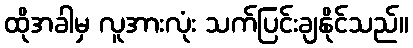
ထိုအခါမှ လူအားလုံး သက်ပြင်းချနိုင်သည်။